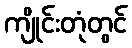
ကျိုင်းတုံတွင်